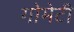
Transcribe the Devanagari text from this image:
गोमेटी